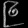
Digit: ၉